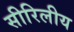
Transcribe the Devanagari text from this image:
सीरिलीय